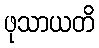
ဖုသာယတိ